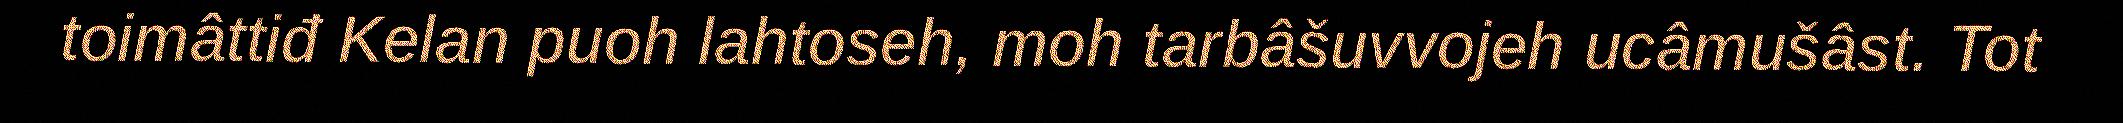
toimâttiđ Kelan puoh lahtoseh, moh tarbâšuvvojeh ucâmušâst. Tot